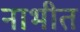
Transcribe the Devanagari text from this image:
नाभीत